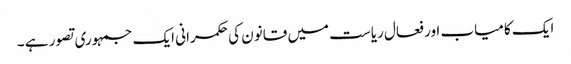
ایک کامیاب اور فعال ریاست میں قانون کی حکمرانی ایک جمہوری تصور ہے ۔